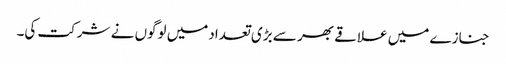
جنازے میں علاقے بھر سے بڑی تعدادمیں لوگوں نے شرکت کی۔